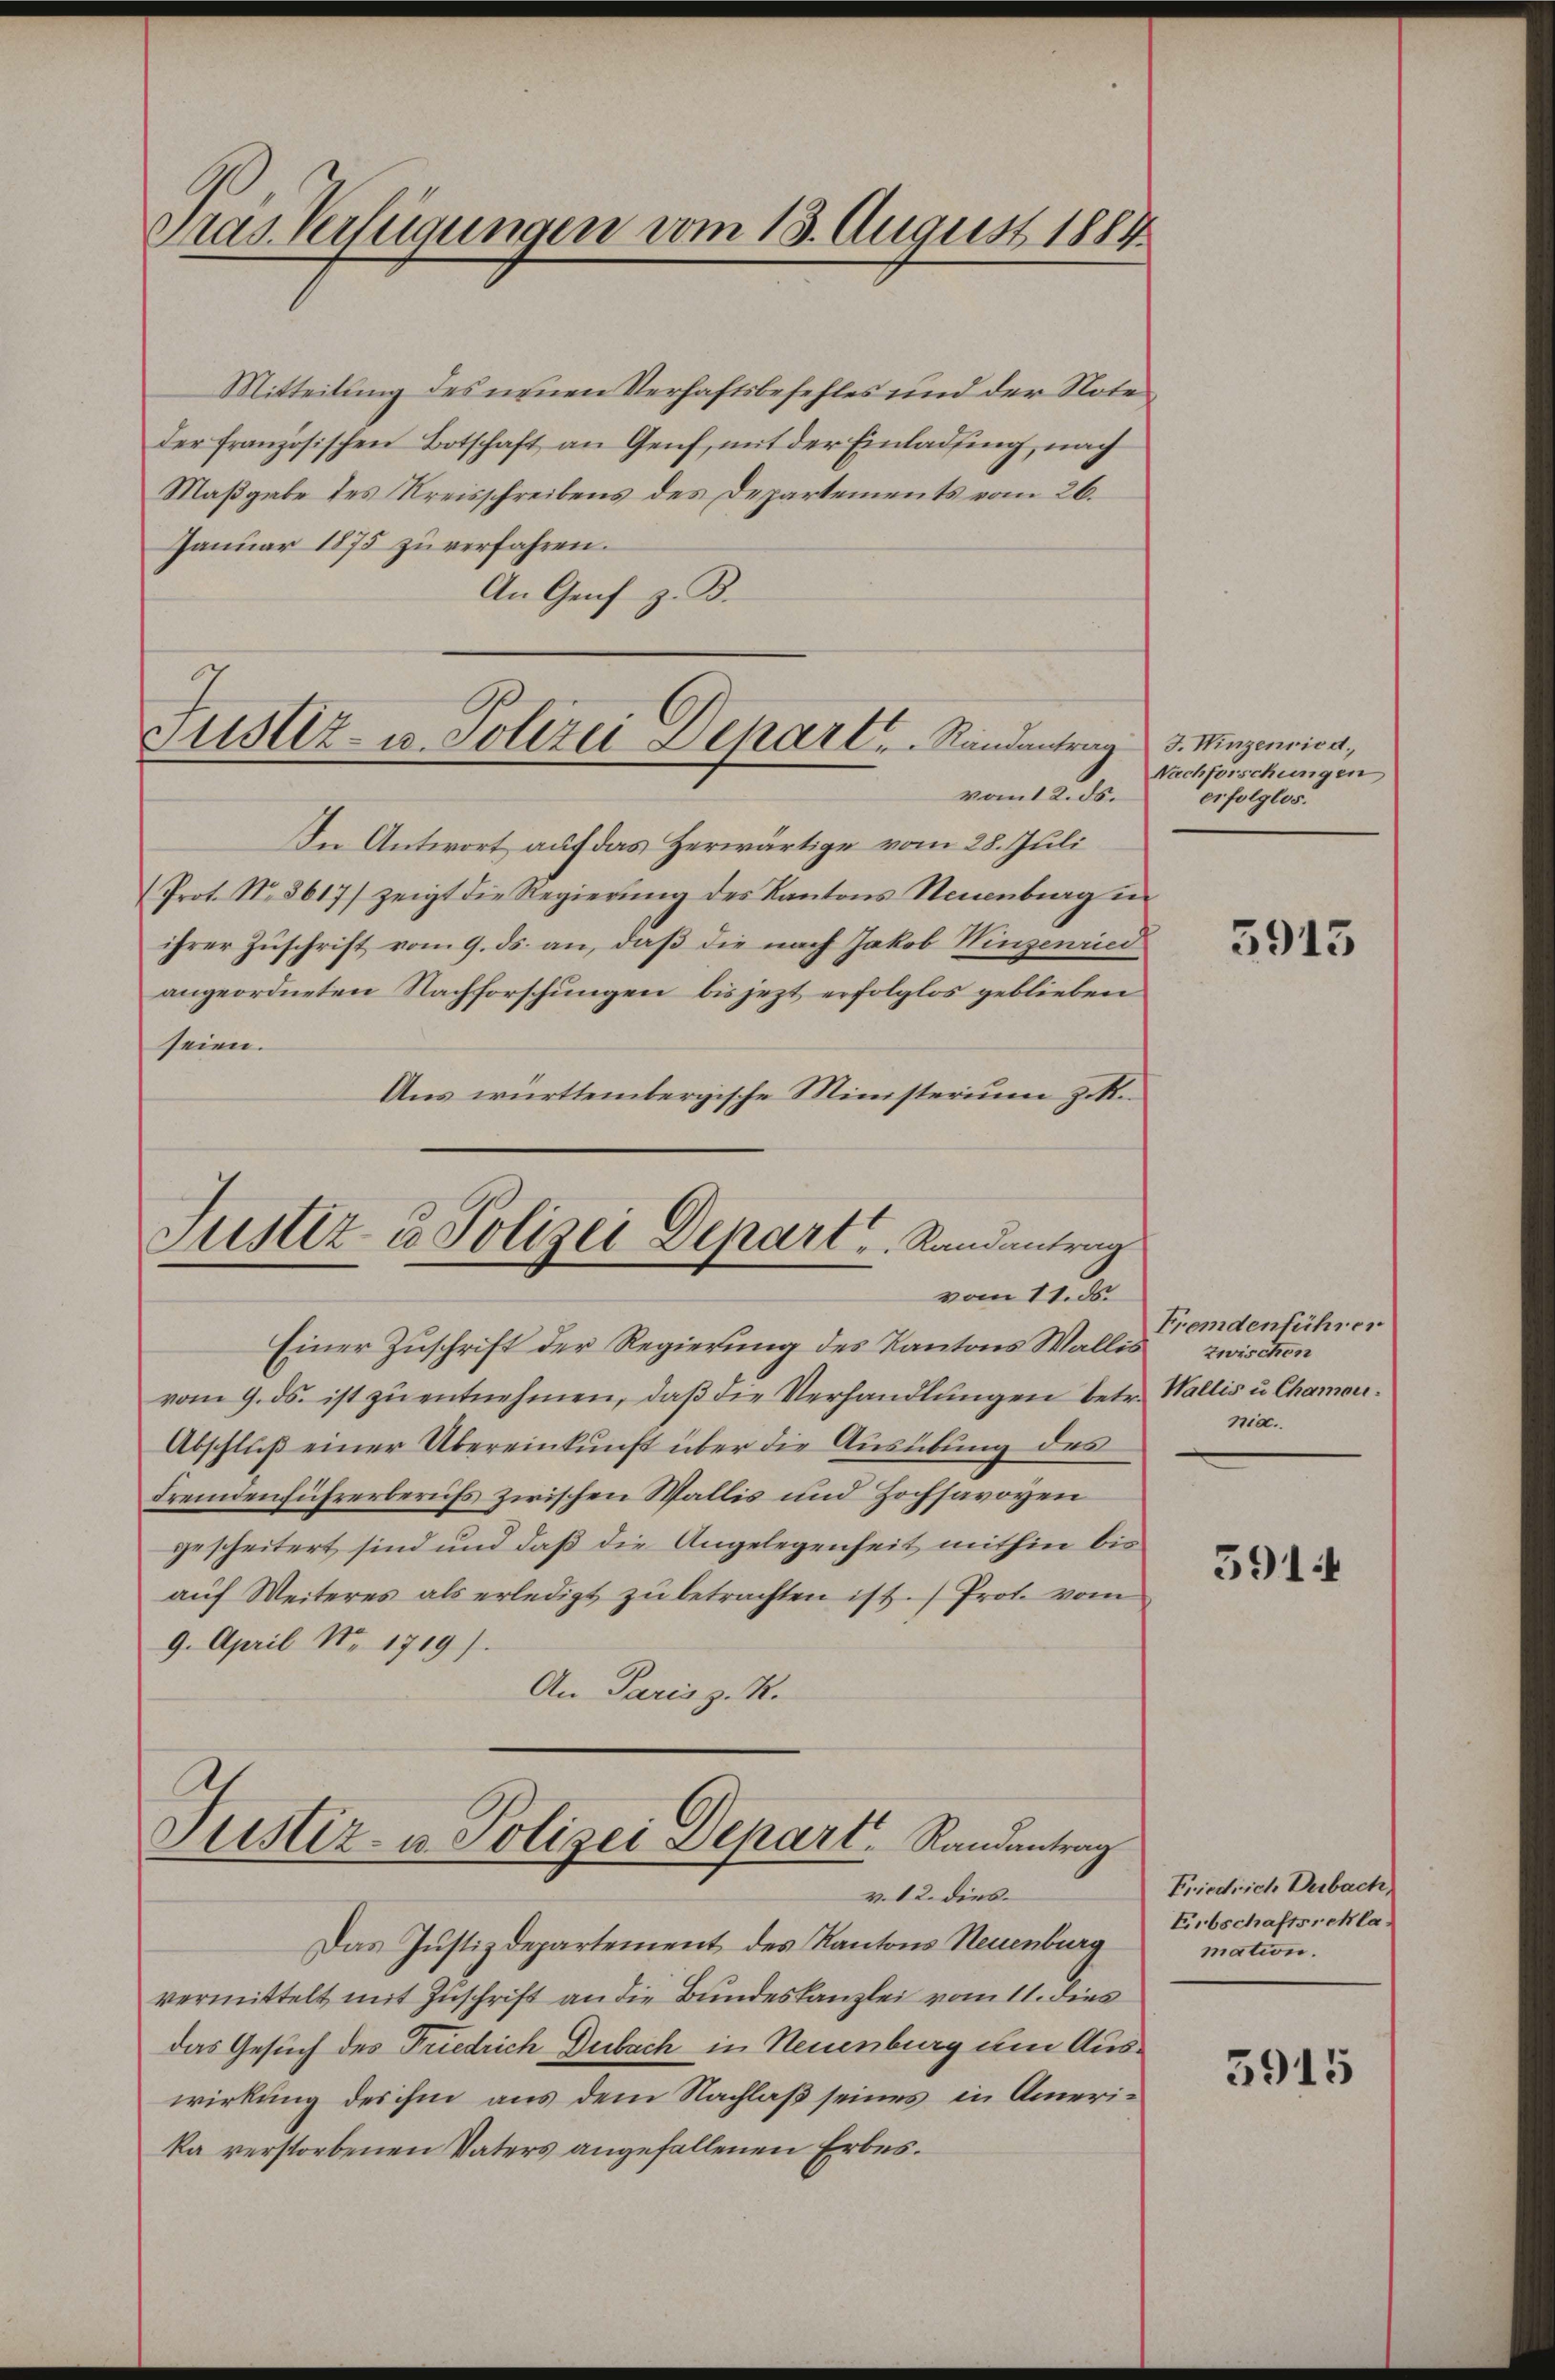
Mitteilung des neuen Verhaftsbefehles und der Note
der französischen Botschaft an Genf, mit der Einladung, nach
Maßgabe des Kreisschreibens des Departements vom 26.
Januar 1875 zŭ verfahren.
An Genf z. B.

Tras. Verfügungen vom 18. August 1884

Justiz- u. Polizei Depart. Randantrag d. Winzenrica,
vom 12 ds.

In Antwort auf das Zerwärtige vom 28. Juli
Prot. No. 8617/ zeigt die Regierŭng des Kantons Neuenburg in
ihrer Zuschrift vom 9. ds. an, daß die nach Jakob Winzenried
angeordneten Nachforschungen bis jezt erfolglos geblieben
seien.
Aus württembergische Ministerium zu Kn

Justiz- u Polizei Depart u. Randantran
vom 11. ds.

Einer Zuschrift der Regierung des Kantons Wallis
vom 9. ds. ist zŭ entnehmen, daβ die Verhandlŭngen betr. Wallis u Chamon¬
Abschluß einer Übereinkunft über die Ausübung des
Fremdenführerberufs zwischen Wallis und Hochsavoyen
gescheitert sind und daß die Angelegenheit mithin bis
aŭf Weiteres als erledigt zŭ betrachten ist.) Prot. vom
9. April Nr 1719).
An Paris z. R.

Justiz- u. Polizei Depart Randantrag
v. 12. dies

Das Justizdepartement des Kantons Neuenburg
vermittelt mit Zuschrift an die Bundeskanzlei vom 11. dies
das Gesuch des Friedrich Dubach in Neuenburg um Auswirkung des ihm aus dem Nachlaß seines in Amerika verstorbenen Vaters angefallenen Erbes.

Nachforschungen
erfolglos.

3913

Fremdenführer
zwischen
nia.

5914

Friedrich Dubach,
Erbschaftsrekla
mation.

3915